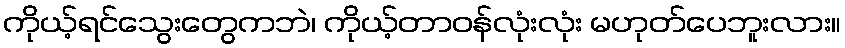
ကိုယ့်ရင်သွေးတွေကဘဲ၊ ကိုယ့်တာဝန်လုံးလုံး မဟုတ်ပေဘူးလား။